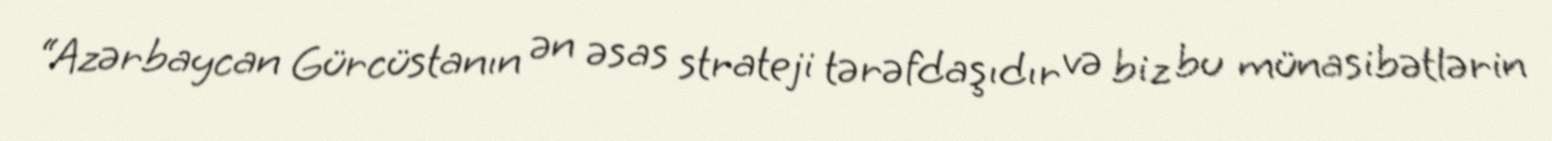
“Azərbaycan Gürcüstanın ən əsas strateji tərəfdaşıdır və biz bu münasibətlərin